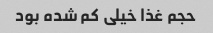
حجم غذا خیلی کم شده بود